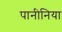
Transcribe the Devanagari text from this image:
पानीनिया